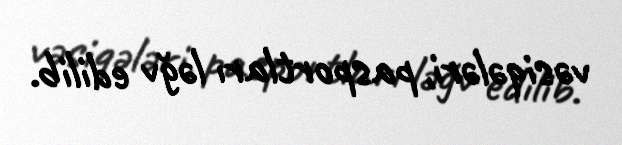
vəsiqələri, pasportları ləğv edilib.